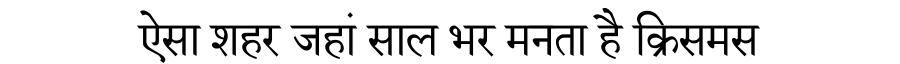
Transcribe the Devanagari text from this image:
ऐसा शहर जहां साल भर मनता है क्रिसमस